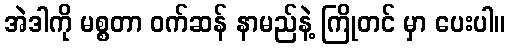
အဲဒါကို မစ္စတာ ဝက်ဆန် နာမည်နဲ့ ကြိုတင် မှာ ပေးပါ။